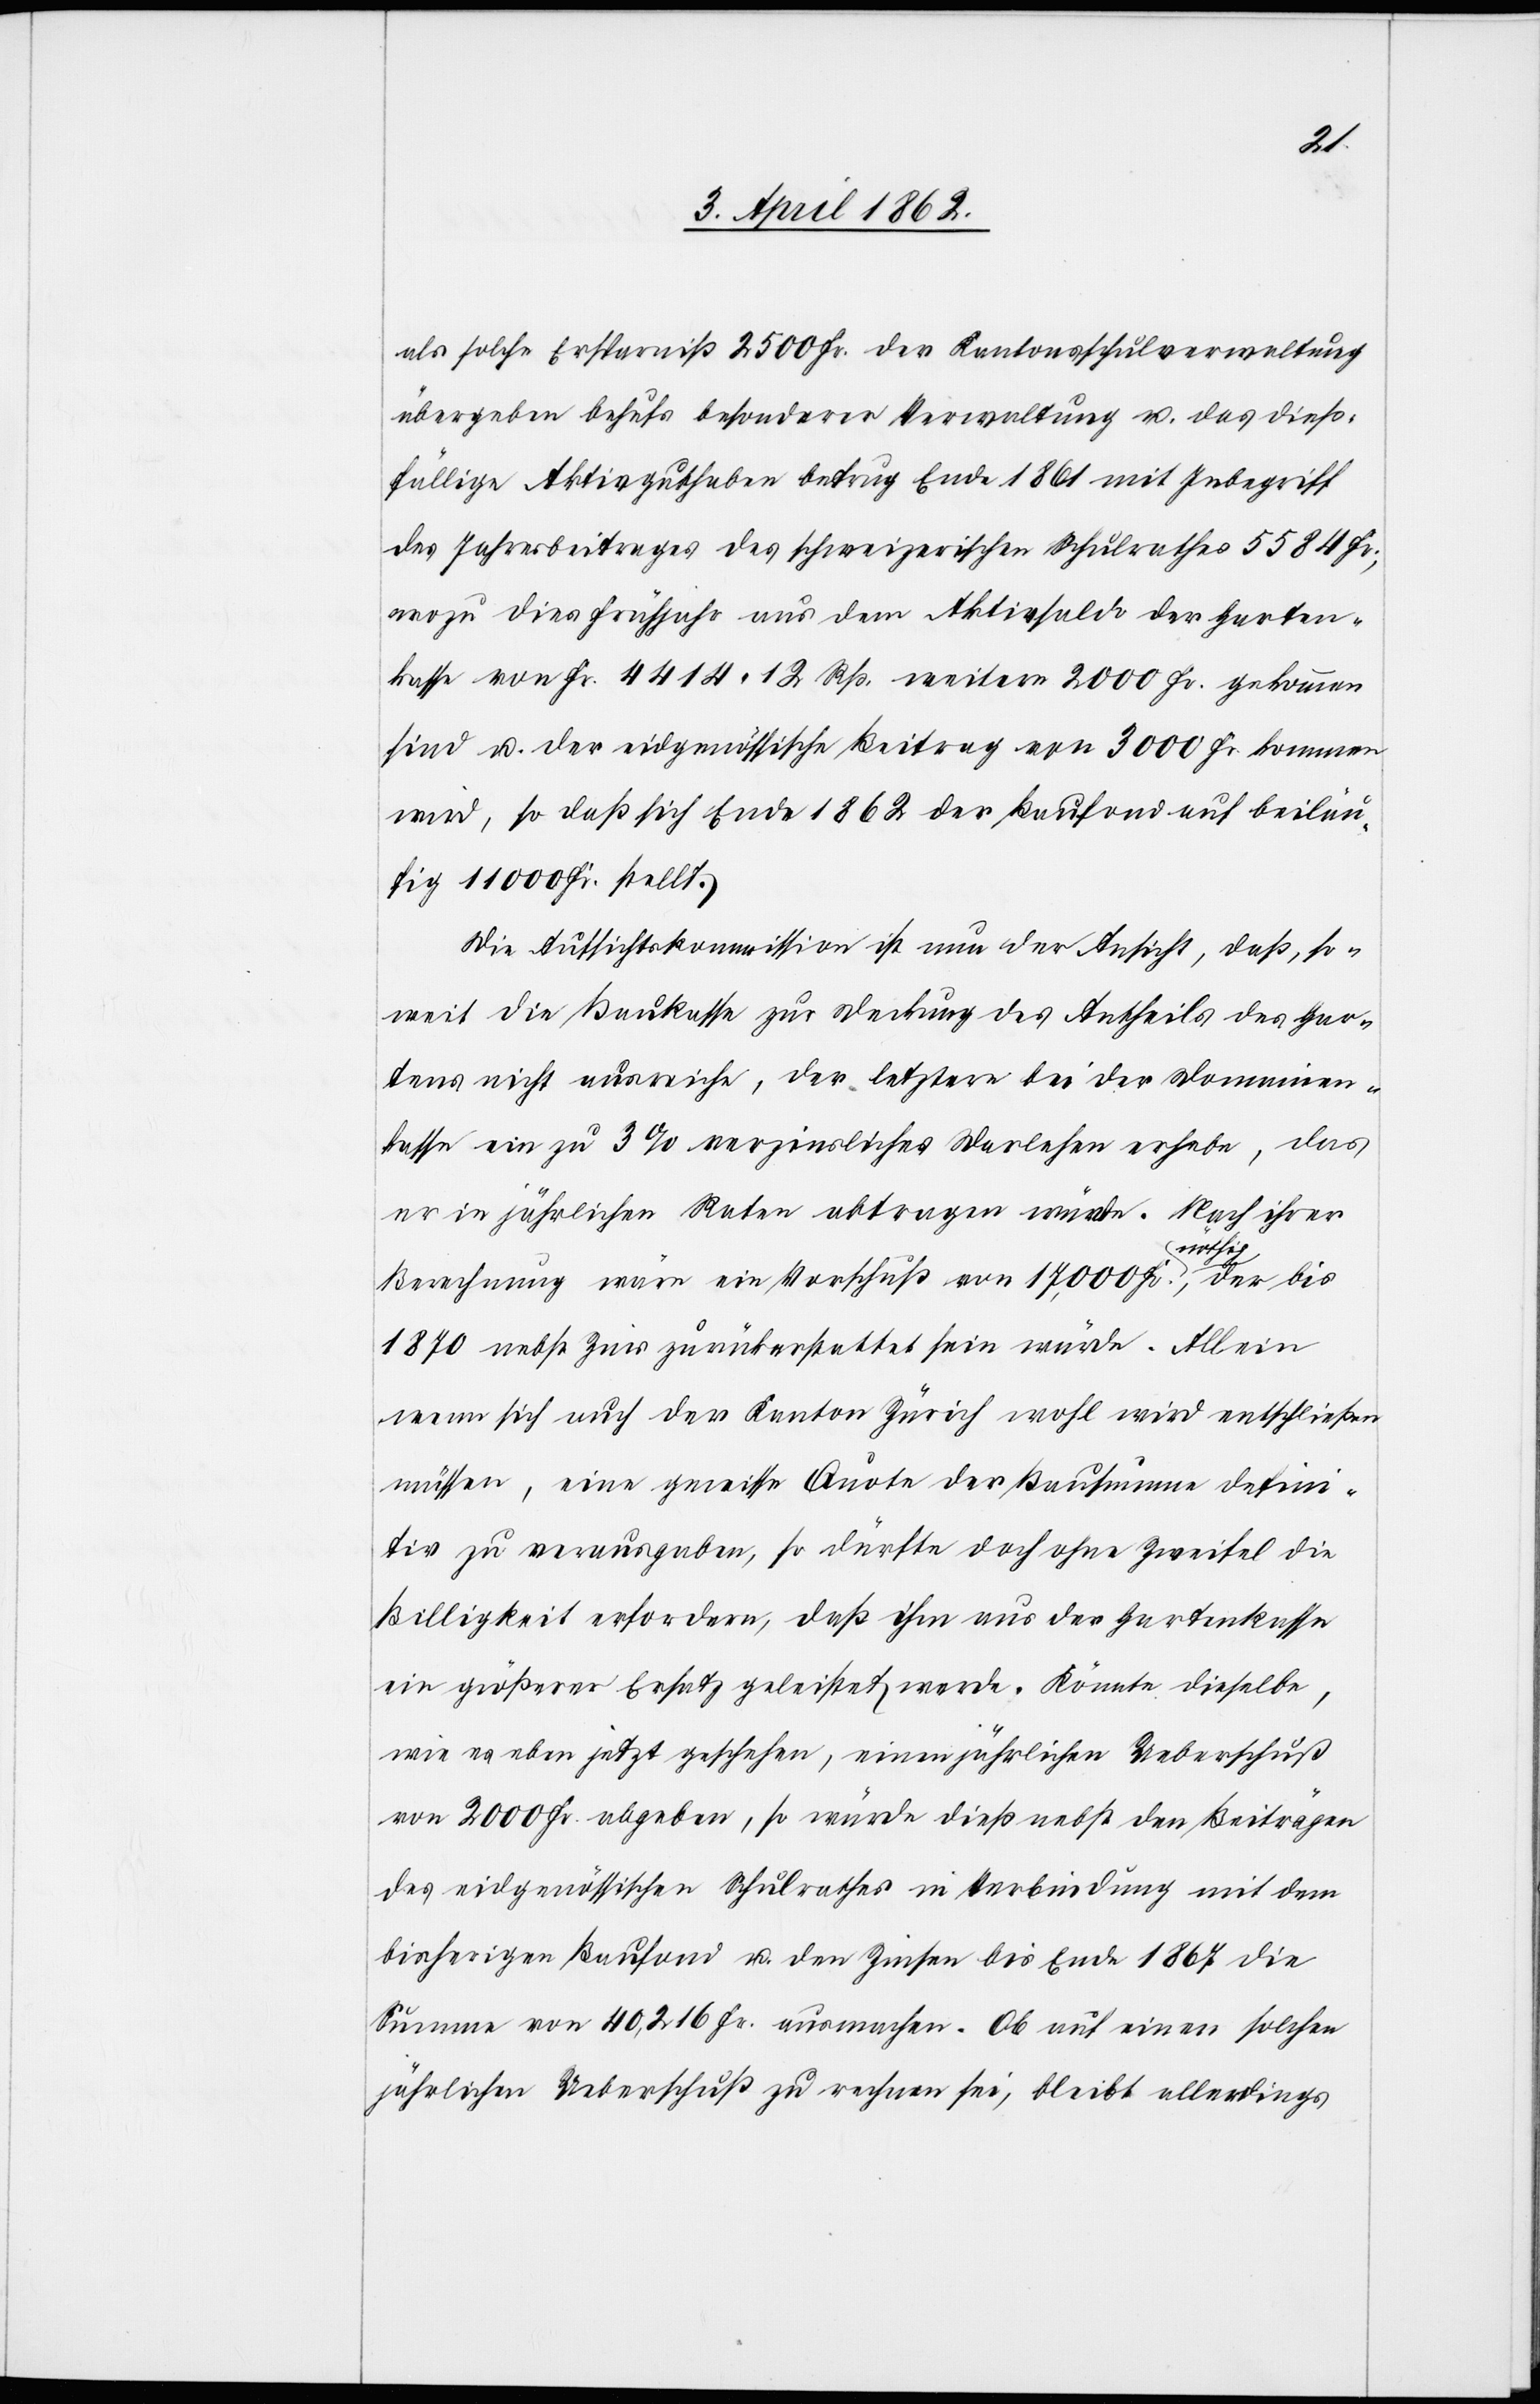
als solche Ersparniß 2500 Fr. der Kantonsschulverwaltung
übergeben behufs besonderer Verwaltung u. das dieß¬
fällige Aktivguthaben betrug Ende 1861 mit Inbegriff
des Jahresbeitrages des schweizerischen Schulrathes 5584 Fr.,
wozu dies Frühjahr aus dem Aktivsaldo der Garten¬
kasse von Fr. 4414 12 Rp. weitere 2000 Fr. gekommen
sind u. der eidgenössische Beitrag von 3000 Fr. kommen
wird, so daß sich Ende 1862 der Baufond auf beiläu¬
fig 11 000 Fr. stellt.
Die Aufsichtskommission ist nun der Ansicht, daß, so¬
weit die Baukasse zur Deckung des Antheils des Gar¬
tens nicht ausreiche, der letztere bei der Domainen¬
kasse ein zu 3% verzinsliches Darlehen erhebe, das
er in jährlichen Raten abtragen würde. Allein we¬
nn sich auch der Kanton Zürich wohl wird entschließen
müssen, eine gewisse Quote der Kaufsumme defini¬
tiv zu verausgaben, so dürfte doch ohne Zweifel die
Billigkeit erfordern, daß ihm aus der Gartenkasse
ein größerer Ersatz geleistet werde. Könnte dieselbe,
wie es eben jetzt geschehen, einen jährlichen Ueberschuß
von 2000 Fr. abgeben, so würde dieß nebst den Beiträgen
des eidgenössischen Schulrathes in Verbindung mit dem
bisherigen Baufond u. den Zinsen bis Ende 1867 die
Summe von 40,216 Fr. ausmachen. Ob auf einen solchen
jährlichen Ueberschuß zu rechnen sei, bleibt allerdings